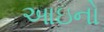
આઇનો